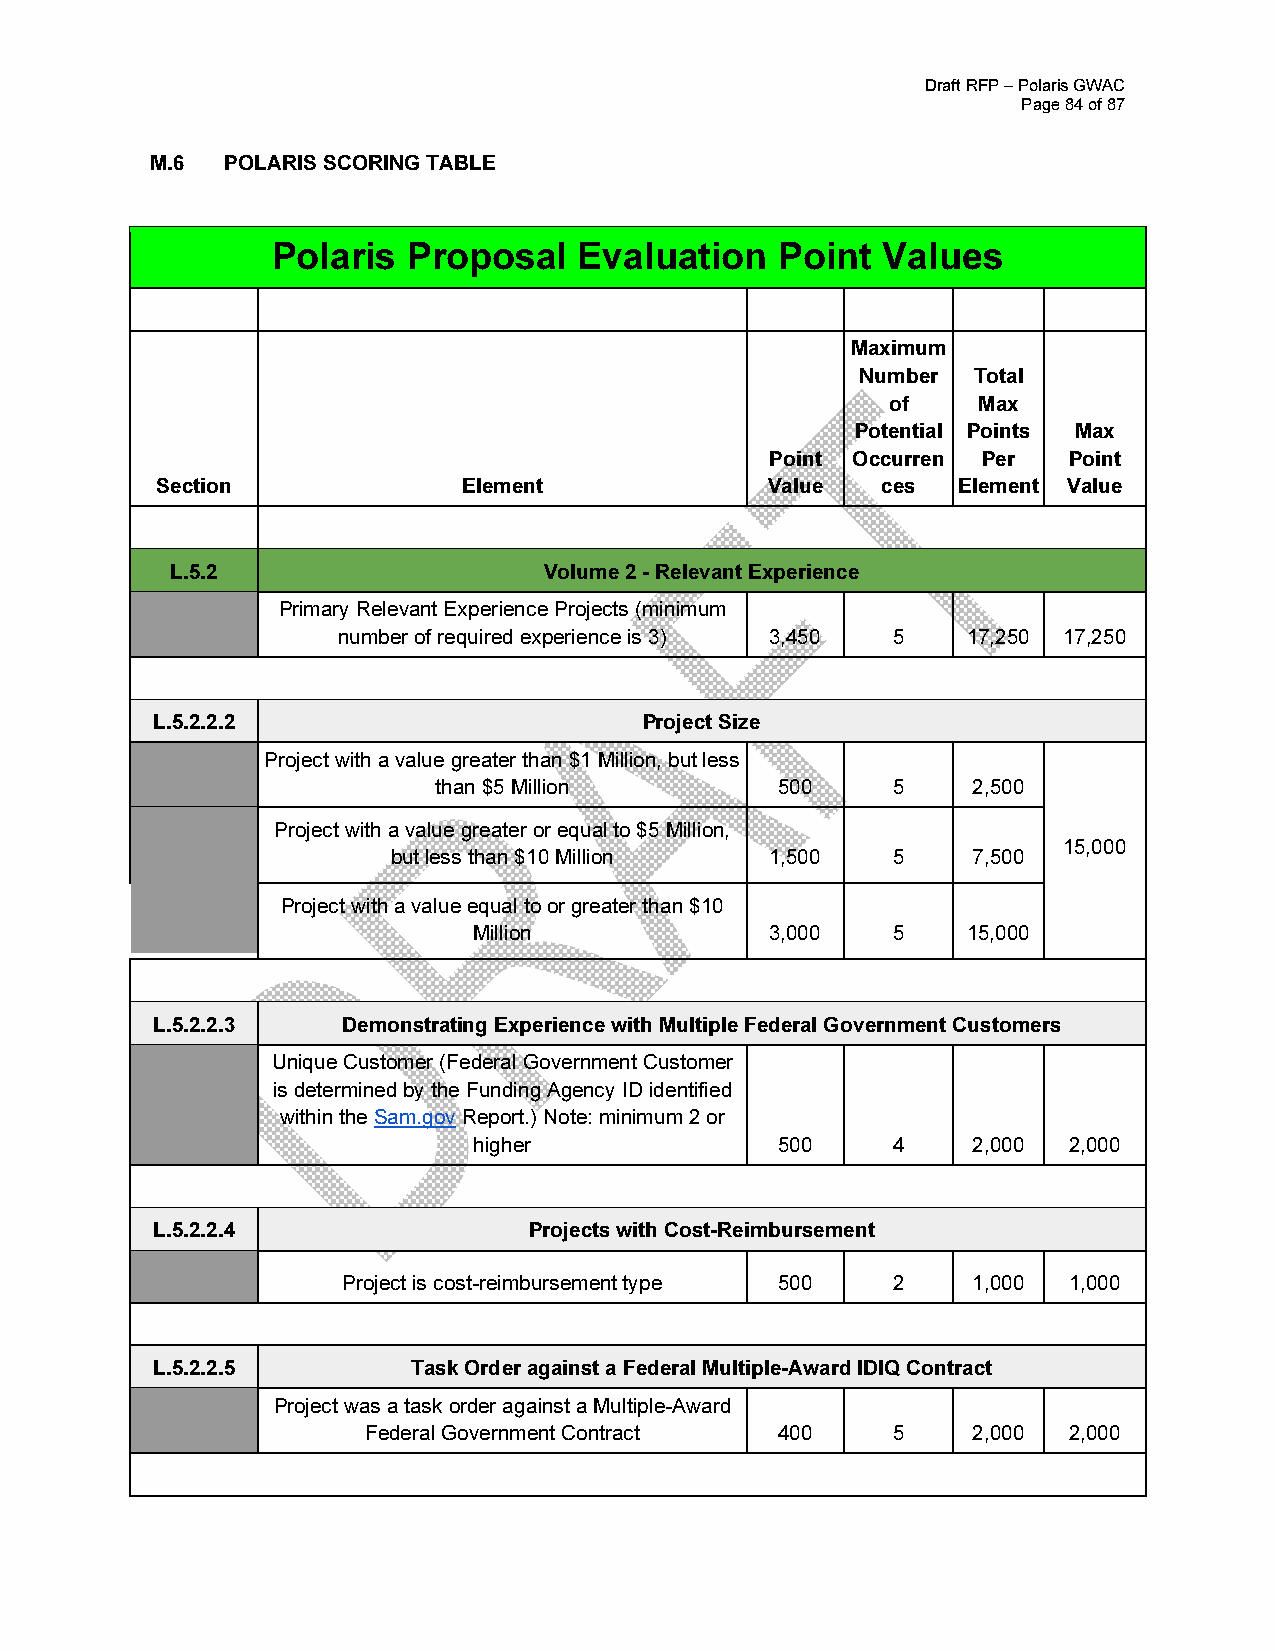
Draft RFP – Polaris GWAC
 Page 84 of 87
 M.6  POLARIS SCORING TABLE
 Polaris  Proposal   Evaluation    Point Values
 Maximum
 Number Total
 of    Max
 Potential Points Max
 Point Occurren Per  Point
 Section              Element             Value  ces  Element Value
 L.5.2                    Volume 2 - Relevant Experience
 Primary Relevant Experience Projects (minimum
 number of required experience is 3) 3,450 5 17,250 17,250
 L.5.2.2.2                        Project Size
 Project with a value greater than $1 Million, but less
 than $5 Million        500    5    2,500
 Project with a value greater or equal to $5 Million,
 15,000
 but less than $10 Million 1,500  5    7,500
 Project with a value equal to or greater than $10
 Million             3,000   5    15,000
 L.5.2.2.3    Demonstrating Experience with Multiple Federal Government Customers
 Unique Customer (Federal Government Customer
 is determined by the Funding Agency ID identified
 within the Sam.gov Report.) Note: minimum 2 or
 higher               500    4    2,000  2,000
 L.5.2.2.4                Projects with Cost-Reimbursement
 Project is cost-reimbursement type 500 2 1,000  1,000
 L.5.2.2.5        Task Order against a Federal Multiple-Award IDIQ Contract
 Project was a task order against a Multiple-Award
 Federal Government Contract 400    5    2,000  2,000